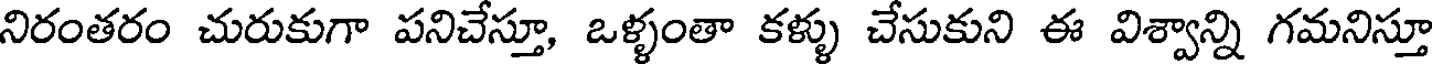
నిరంతరం చురుకుగా పనిచేస్తూ, ఒళ్ళంతా కళ్ళు చేసుకుని ఈ విశ్వాన్ని గమనిస్తూ